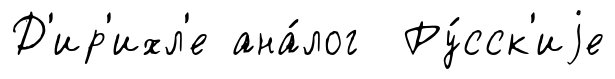
Д'ир'ихл'е ана́лог Ру́сск'иjе